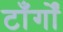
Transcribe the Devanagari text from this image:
टाँर्गों